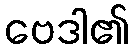
ဗေဒါ၏